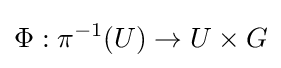
\Phi :\pi ^{-1}(U)\to U\times G